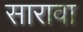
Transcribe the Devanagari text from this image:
सारावा